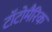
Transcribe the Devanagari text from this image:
टॉटोमैरिक